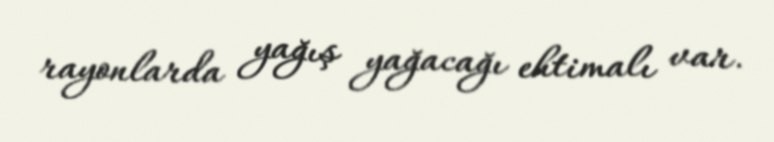
rayonlarda yağış yağacağı ehtimalı var.